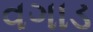
વગાડ